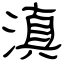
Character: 滇